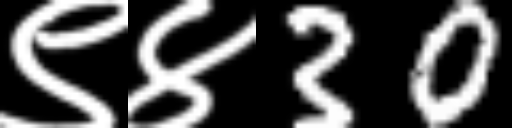
Text: ९४30